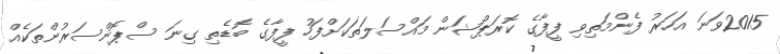
2015ވަނަ އަހަރު ފެންމަތިވި ފީފާގެ ކޮރަޕްޝަން މައްސަލަތަކަށްފަހު ފީފާގެ ބޮޑެތި ގިނަ ސްޕޮންސަރުންތަކެއް